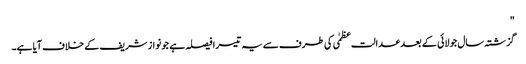
"
گزشتہ سال جولائی کے بعد عدالت عظمٰی کی طرف سے یہ تیسرا فیصلہ ہے جو نواز شریف کے خلاف آیا ہے۔